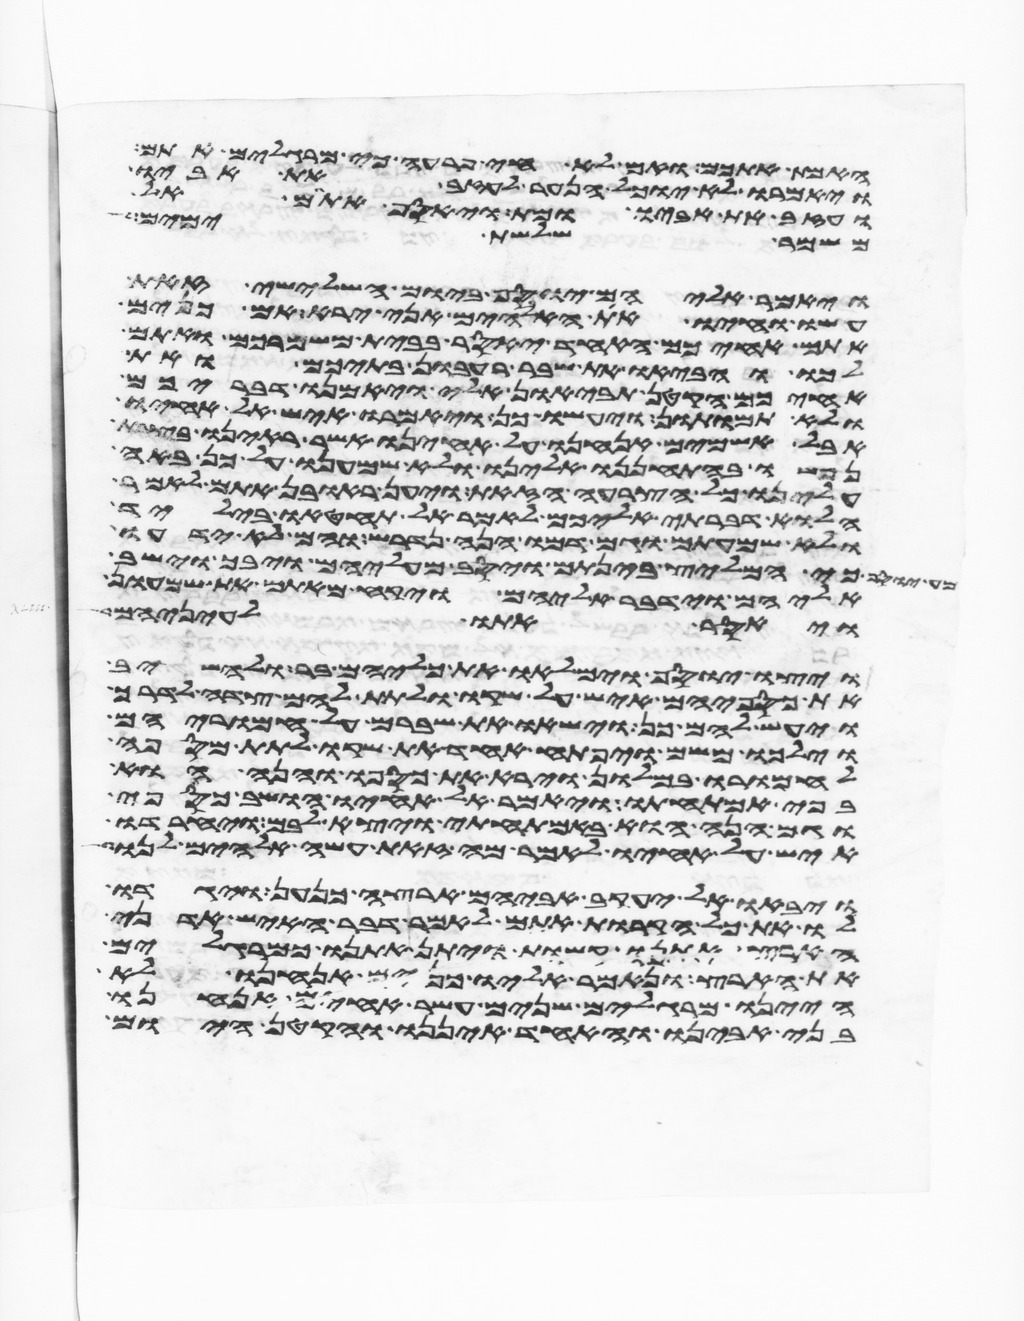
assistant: האמת אתכם ואם לא חי פרעה כי מרגלים אתם
ויאמרו לא יוכל הנער לעזב את אביו
ועזב את אביו ומת ויאסף אתם אל
משמר שלשת ימים
ויאמר אליהם יוסף ביום השלישי זאת
עשו וחיו את האלהים אני ירא אם כנים
אתם אחיכם האחד יאסר בבית משמרכם ואתם
לכו והביאו את שבר רעבון בתיכם ואת
אחיכם הקטן תביאון אלי ויאמנו דבריכם
ולא תמותון ויעשו כן ויאמרו איש אל אחיו
אבל אשמים אנחנו על אחינו אשר ראינו בצרת
נפשו בהתחננו אלינו ולא שמענו על כן באה
עלינו כל הצרה הזאת ויען ראובן אתם לאמר
הלוא דברתי אליכם לאמר אל תחטאו בילד
ולא שמעתים וגם דמו הנה נדרש והם לא ידעו
כי המליץ בינתם ויסב מעליהם ויבך וישב
אליהם וידבר אליהם ויקח מאתם את שמעון
ויאסר אתו לעיניהם
ויצו יוסף וימלאו את כליהם בר ולהשיב
את כספיהם איש על שקו ולתת להם צדה לדרך
ויעש להם כן וישאו את שברם על חמריהם
וילכו משם ויפתח אחד את שקו לתת מספה
לחמרו במלון וירא את כספו והנה הוא
בפי אמתחתו ויאמר אל אחיו הושב כספי
וגם הנה הוא באמתחתי ויצא לבם ויחרדו
איש על אחיו לאמר מה זאת עשה אלהים לנו
ויבאו אל יעקב אביהם ארצה כנען ויגדו
לו את כל הקרות אתם לאמר דבר האיש אדני
הארץ אתנו קשות ויתן אתנו כמרגלים
את הארץ ונאמר אליו כנים אנחנו לא
היינו מרגלים שנים עשר אחים אנחנו
בני אבינו והאחד איננו והקטן היום